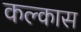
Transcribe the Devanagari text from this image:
कल्कास